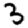
Digit: 3